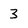
Character: 3